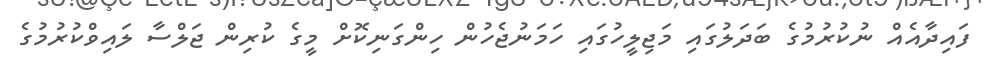
ފައިދާއެއް ނުކުރުމުގެ ބަދަލުގައި މަޖިލީހުގައި ހަމަނުޖެހުން ހިންގަނިކޮށް މީގެ ކުރިން ޖަލްސާ ލައިވްކުރުމުގެ